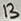
Text: 13